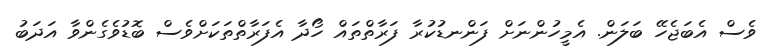
ވެސް އެބަޖެހޭ ބަލަން. އެމީހުންނަށް ފަންނޑުކުރާ ފަރާތްތައް ހޯދާ އެފަރާތްތަކަށްވެސް ބޮޑުވެގެންވާ އަދަބު